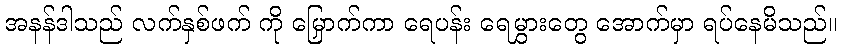
အနန်ဒါသည် လက်နှစ်ဖက် ကို မြှောက်ကာ ရေပန်း ရေမွှားတွေ အောက်မှာ ရပ်နေမိသည်။